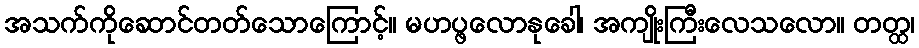
အသက်ကိုဆောင်တတ်သောကြောင့်။ မဟပ္ဖလောနုခေါ၊ အကျိုးကြီးလေသလော။ တတ္ထ၊